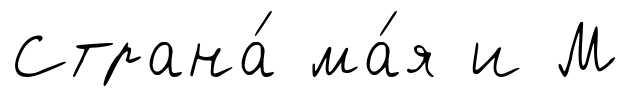
Страна́ ма́я и М